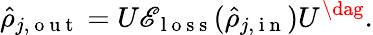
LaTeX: \hat{\rho}_{j,\mathrm{~o~u~t~}}=U\mathscr{E}_{\mathrm{~l~o~s~s~}}(\hat{\rho}_{j,\mathrm{~i~n~}})U^{\dag}.